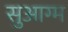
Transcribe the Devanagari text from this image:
सुआग्म